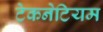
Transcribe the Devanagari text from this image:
टेकनेटियम